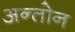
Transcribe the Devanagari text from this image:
अन्तोन